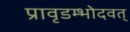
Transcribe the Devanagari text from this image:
प्रावृडम्भोदवत्